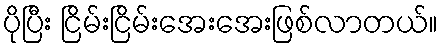
ပိုပြီး ငြိမ်းငြိမ်းအေးအေးဖြစ်လာတယ်။